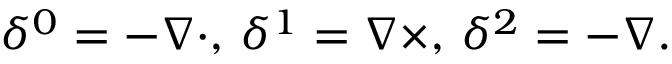
\delta ^ { 0 } = - \nabla \cdot , \, \delta ^ { 1 } = \nabla \times , \, \delta ^ { 2 } = - \nabla .